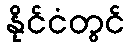
နိုင်ငံတွင်